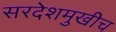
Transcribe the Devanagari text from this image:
सरदेशमुखीच